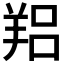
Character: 𦎑